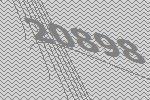
20898